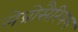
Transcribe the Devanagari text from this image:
लेप्रोसैरियम